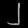
Digit: ၂